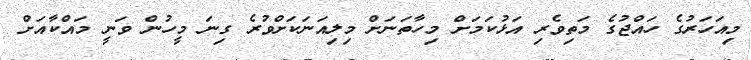
މިއަހަރުގެ ހައްޖުގެ މަތިވެރި އަޅުކަމަށް މިހާތަނަށް މިލިއަނަކަށްވުރެ ގިނަ މީހުން ވަނީ މައްކާއަށް